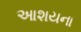
આશયના